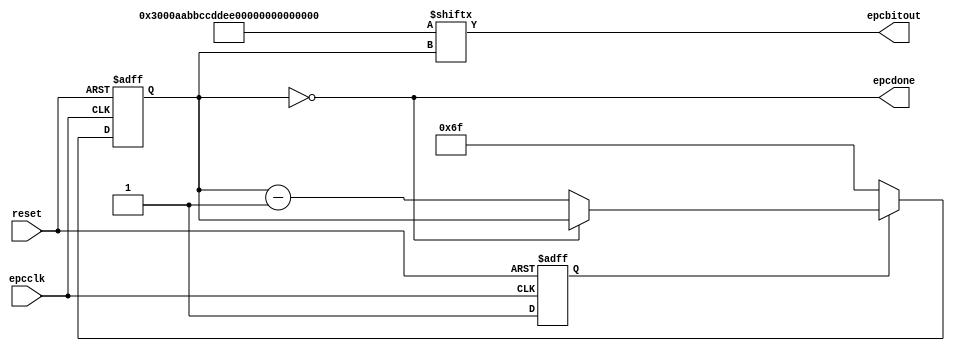
`timescale 1ns/1ns

// EPC: generate tag response to an ACK.
// Copyright 2010 University of Washington
// License: http://creativecommons.org/licenses/by/3.0/
// 2008 Dan Yeager

//  2 byte  PC: 0x30, 0x00
// 12 byte EPC: 0xAA, 0xBB, 0xCC, 0xDD, 0xEE, 0xFF, 0x00, 0x11, 0x22, 0x33, 0x44, 0x55

module epc(reset, epcclk, epcbitout, epcdone);
input reset, epcclk;
output epcbitout, epcdone;

wire [111:0] epc;
assign epc = 112'h3000aabbccddeeff012345678910;

reg [6:0] bitoutcounter;
assign epcbitout = epc[bitoutcounter];
assign epcdone = (bitoutcounter == 0);
reg    initialized;

always @ (posedge epcclk or posedge reset) begin
  if (reset) begin
    bitoutcounter <= 0;
    initialized   <= 0;
  end else if (!initialized) begin
    bitoutcounter <= 111;
    initialized <= 1;
  end else if (!epcdone) begin
    bitoutcounter <= bitoutcounter - 7'd1;
  end else begin
  end // ~reset
end // always

endmodule